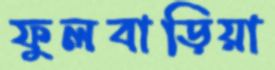
ফুলবাড়িয়া